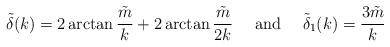
LaTeX: \begin{align*}\tilde \delta(k) = 2\arctan \frac{\tilde m}{k} + 2\arctan \frac{\tilde m}{2k} \hbox{~~~~and~~~~} \tilde\delta_1(k) = \frac{3 \tilde m}{k}\end{align*}